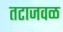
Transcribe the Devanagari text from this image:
तटाजवळ